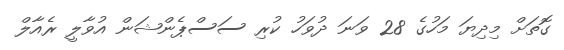
ގޮތަށް މިދިޔަ މަހުގެ 28 ވަނަ ދުވަހު ކުރި ސަސްޕެންޝަން އުވާލީ ރެއާލް